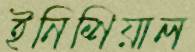
ইনিশিয়াল